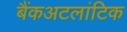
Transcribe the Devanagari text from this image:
बैंकअटलांटिक